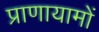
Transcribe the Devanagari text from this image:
प्राणायामों